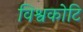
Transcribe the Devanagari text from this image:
विश्वकोटि